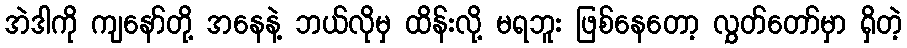
အဲဒါကို ကျနော်တို့ အနေနဲ့ ဘယ်လိုမှ ထိန်းလို့ မရဘူး ဖြစ်နေတော့ လွှတ်တော်မှာ ရှိတဲ့